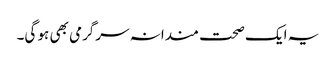
یہ ایک صحت مندانہ سرگرمی بھی ہو گی۔